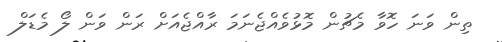
ތިން ވަަނަ ހޮވާ މެޗުން މޮޅުވެއްޖެނަމަ ރާއްޖެއަށް ރަން ވަން ލޯ މެޑަލް